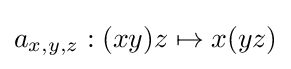
a_{x,y,z}:(xy)z\mapsto x(yz)